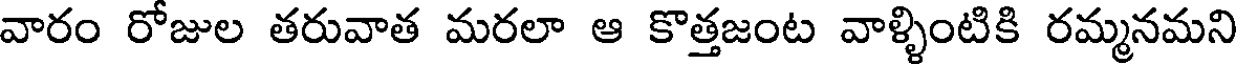
వారం రోజుల తరువాత మరలా ఆ కొత్తజంట వాళ్ళింటికి రమ్మనమని